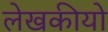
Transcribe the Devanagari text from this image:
लेखकीयो